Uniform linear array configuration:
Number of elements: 12
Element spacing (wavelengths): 0.5
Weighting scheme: hann
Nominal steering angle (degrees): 0
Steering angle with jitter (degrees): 1.037
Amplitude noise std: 0.05
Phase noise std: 0.05

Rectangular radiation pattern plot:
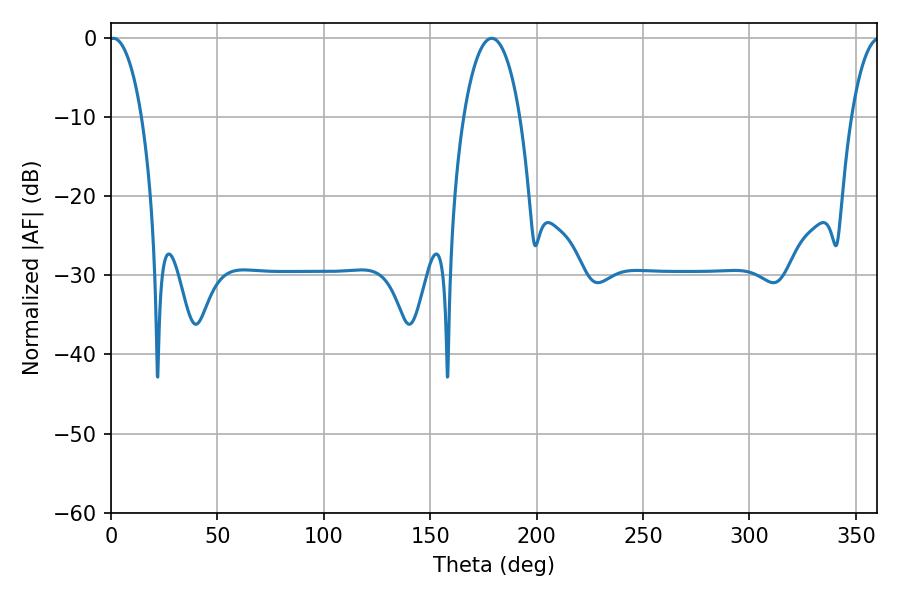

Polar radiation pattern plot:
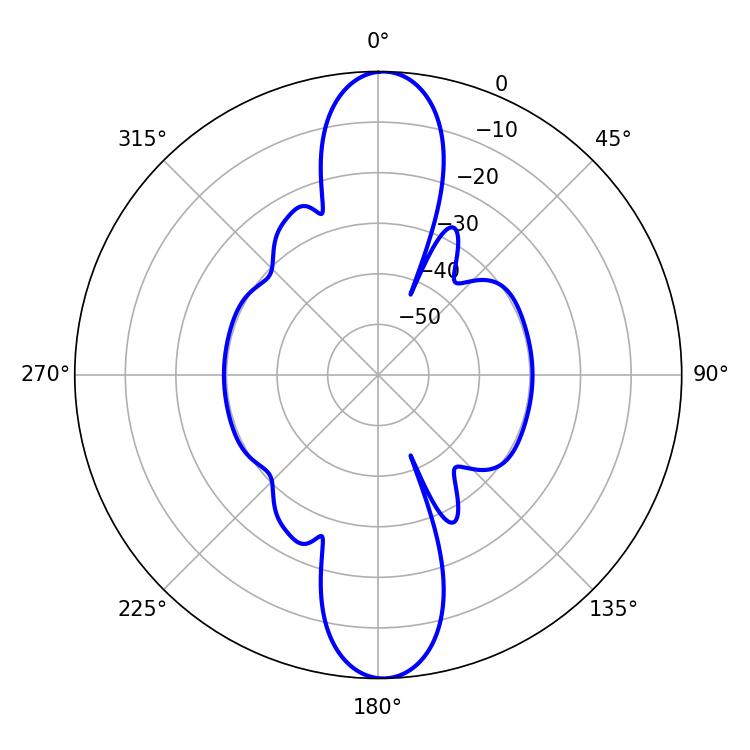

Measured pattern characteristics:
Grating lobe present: FALSE
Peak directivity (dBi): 23.242
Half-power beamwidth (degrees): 8.46
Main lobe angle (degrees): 1.08